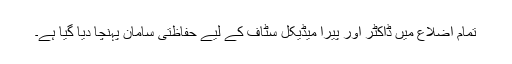
تمام اضلاع میں ڈاکٹر اور پیرا میڈیکل سٹاف کے لیے حفاظتی سامان پہنچا دیا گیا ہے۔